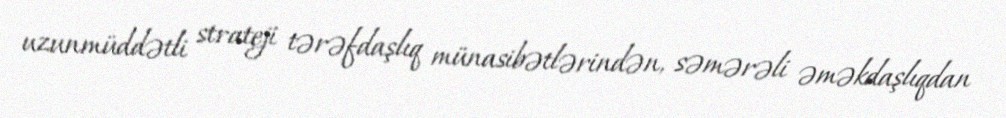
uzunmüddətli strateji tərəfdaşlıq münasibətlərindən, səmərəli əməkdaşlıqdan